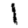
Digit: 1